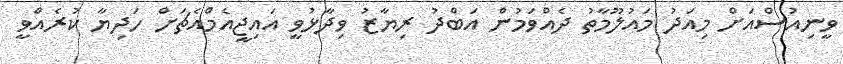
ވީނިއުސްއަށް މިއަދު މައުލޫމާތު ދެއްވަމުން އަބްދު ރިޔާޒު ވިދާޅުވީ އައިޖީއެމްއެޗަށް ހަދިޔާ ކުރެއްވީ